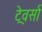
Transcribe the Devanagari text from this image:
ट्रेवर्सा